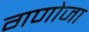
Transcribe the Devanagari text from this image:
गणोजा